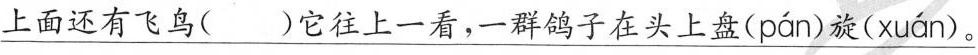
\underline{上面还有飞身 )它往上一看，一群鸽子在头上盘( pán )旋( xuán )。}